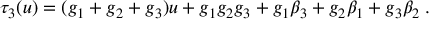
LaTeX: \tau _ { 3 } ( u ) = ( g _ { 1 } + g _ { 2 } + g _ { 3 } ) u + g _ { 1 } g _ { 2 } g _ { 3 } + g _ { 1 } \beta _ { 3 } + g _ { 2 } \beta _ { 1 } + g _ { 3 } \beta _ { 2 } \; .